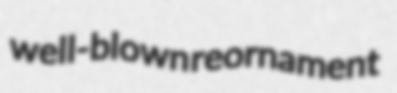
well-blown reornament